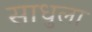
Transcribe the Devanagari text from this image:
साधुला